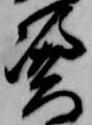
憑